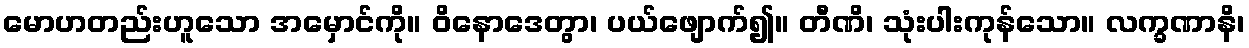
မောဟတည်းဟူသော အမှောင်ကို။ ဝိနောဒေတွာ၊ ပယ်ဖျောက်၍။ တီဏိ၊ သုံးပါးကုန်သော။ လက္ခဏာနိ၊